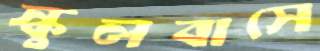
স্কুলবাসে